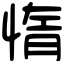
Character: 惰